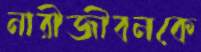
নারীজীবনকে